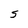
Character: S